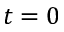
t = 0